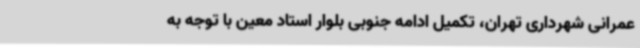
عمرانی شهرداری تهران، تکمیل ادامه جنوبی بلوار استاد معین با توجه به